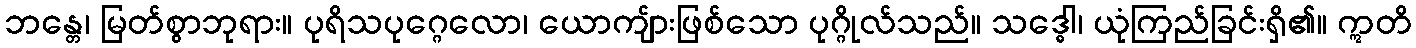
ဘန္တေ၊ မြတ်စွာဘုရား။ ပုရိသပုဂ္ဂေလော၊ ယောကျ်ားဖြစ်သော ပုဂ္ဂိုလ်သည်။ သဒ္ဓေါ၊ ယုံကြည်ခြင်းရှိ၏။ ဣတိ